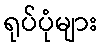
ရုပ်ပုံများ